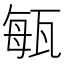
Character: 𤭐